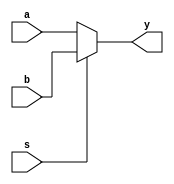
`timescale 1ns / 1ps
//////////////////////////////////////////////////////////////////////////////////
// Company: 
// Engineer: 
// 
// Design Name: 
// Module Name:    Mux_21 
// Project Name: 
// Target Devices: 
// Tool versions: 
// Description: 
//
// Dependencies: 
//
// Revision: 
// Revision 0.01 - File Created
// Additional Comments: 
//
//////////////////////////////////////////////////////////////////////////////////
module Mux_21(a,b,y,s);
input a,b,s;
output y;
assign y=s?b:a;




endmodule